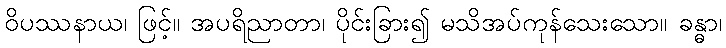
ဝိပဿနာယ၊ ဖြင့်။ အပရိညာတာ၊ ပိုင်းခြား၍ မသိအပ်ကုန်သေးသော။ ခန္ဓာ၊